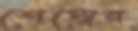
শেম্বের